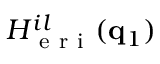
H _ { \mathrm { ~ e ~ r ~ i ~ } } ^ { i l } ( \mathbf { q } _ { 1 } )